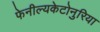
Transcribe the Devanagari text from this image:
फेनील्यकेटोनुरिया